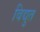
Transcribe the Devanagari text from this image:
विद्युत